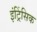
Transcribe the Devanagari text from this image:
इंट्रिंसिक